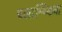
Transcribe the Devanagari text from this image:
च्लाम्य्डिया